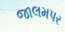
જાલમપર